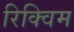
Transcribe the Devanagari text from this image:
रिक्विम